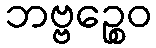
ဘဗ္ဗဉ္စေဝ